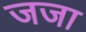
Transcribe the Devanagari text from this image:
जजा